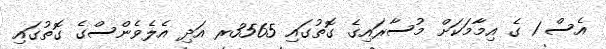
އެސް 1 ގެ އިމާމަކަށް މުސާރައިގެ ގޮތުގައި 3565ރ އަދި އެލެވެންސްގެ ގޮތުގައި